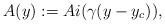
LaTeX: \begin{align*}A(y) := Ai ( \gamma (y - y_c) ),\end{align*}